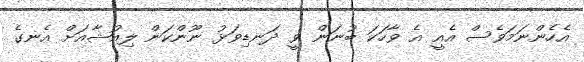
އެހެންނަމަވެސް އެއީ އެ ވާހަކަ ބުނަން ވީ ދަނޑިވަޅު ނޫންކަން ލިއުޝާއަށް އެނގެ